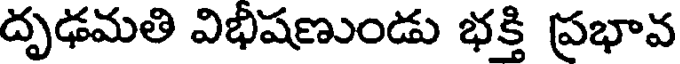
దృఢమతి విభిషణుండు భక్తి ప్రభావ